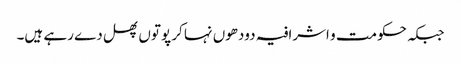
جبکہ حکومت و اشرافیہ دودھوں نہا کر پوتوں پھل دے رہے ہیں۔